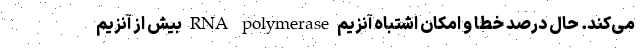
می‌کند. حال درصد خطا و امکان اشتباه آنزیم RNA polymerase بیش از آنزیم